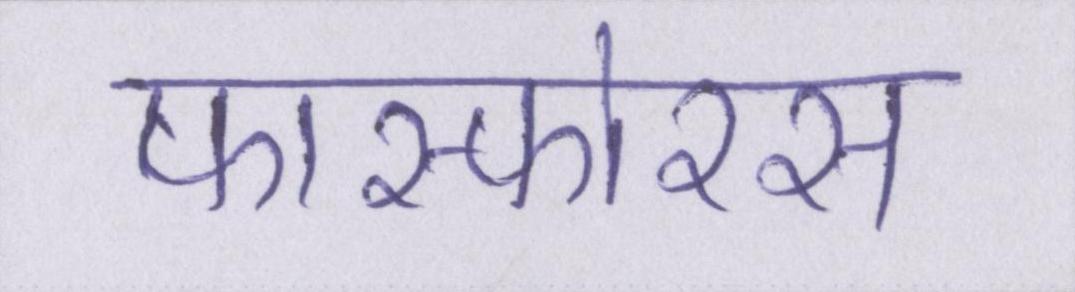
फास्फोरस